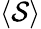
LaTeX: \langle\mathcal{S}\rangle